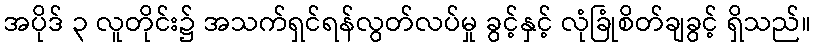
အပိုဒ် ၃ လူတိုင်း၌ အသက်ရှင်ရန်လွတ်လပ်မှု ခွင့်နှင့် လုံခြုံစိတ်ချခွင့် ရှိသည်။